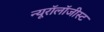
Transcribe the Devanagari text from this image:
न्यूरॉलॉजीस्ट